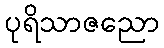
ပုရိသာဇညော